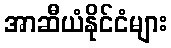
အာဆီယံနိုင်ငံများ